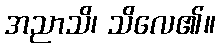
အညာသိ၊ သိလေ၏။